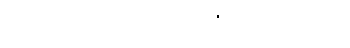
အခုတော့ မင်း ငါ့ကျေးဇူးကို သိပြီလား